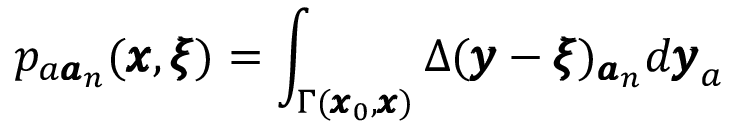
p _ { a { \pmb a } _ { n } } ( { \pmb x } , { \pmb \xi } ) = \int _ { \Gamma ( { \pmb x } _ { 0 } , { \pmb x } ) } \Delta ( { \pmb y } - { \pmb \xi } ) _ { { \pmb a } _ { n } } d { \pmb y } _ { a }